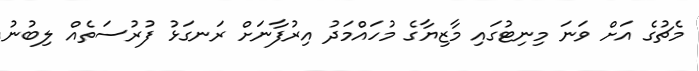
މެޗުގެ އަށް ވަނަ މިނިޓުގައި މާޒިޔާގެ މުހައްމަދު އިރުފާނަށް ރަނގަޅު ފުރުސަތެއް ލިބުނު